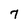
Character: 7